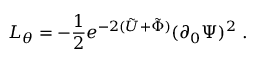
{ \cal { L } } _ { \theta } = - { \frac { 1 } { 2 } } e ^ { - 2 ( \tilde { U } + \tilde { \Phi } ) } ( \partial _ { 0 } \Psi ) ^ { 2 } \ .